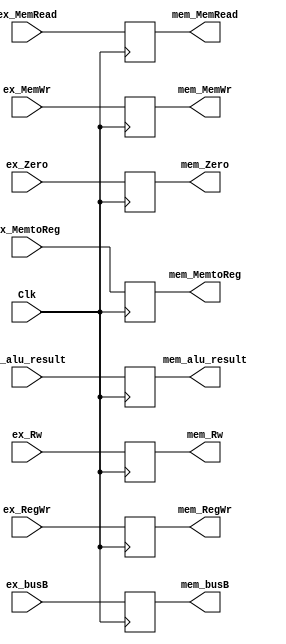
module ex_mem( Clk,         ex_Zero,  ex_alu_result, ex_busB,   ex_Rw,
               ex_RegWr,    ex_MemWr, ex_MemtoReg,   mem_Zero,  mem_alu_result,
               mem_busB,    mem_Rw,   mem_RegWr,     mem_MemWr, mem_MemtoReg,
               ex_MemRead,  mem_MemRead);
        
        input              Clk;
        input              ex_Zero;
        input       [31:0] ex_alu_result;
        input       [31:0] ex_busB;
        input       [4:0]  ex_Rw;        
        input              ex_RegWr;
        input       [1:0]  ex_MemWr;
        input              ex_MemtoReg;
	      input       [1:0]  ex_MemRead;

        output reg         mem_Zero;
        output reg [31:0]  mem_alu_result;
        output reg [31:0]  mem_busB;
        output reg [4:0]   mem_Rw;
        output reg         mem_RegWr;
        output reg [1:0]   mem_MemWr;
        output reg         mem_MemtoReg;
        output reg [1:0]   mem_MemRead;

        initial begin
          mem_Zero       = 0;
          mem_alu_result = 32'd0;
          mem_busB       = 32'd0;
          mem_Rw         = 5'd0;
          mem_RegWr      = 0;    // 
          mem_MemWr      = 2'd0; // 
          mem_MemtoReg   = 0;    // MUX
          mem_MemRead    = 2'd0;
        end
        always @(posedge Clk)
        begin
          mem_alu_result <= ex_alu_result;
          mem_busB       <= ex_busB;
          mem_Rw         <= ex_Rw;     
          
          //control
          mem_Zero       <= ex_Zero;
          mem_RegWr      <= ex_RegWr;
          mem_MemWr      <= ex_MemWr;
          mem_MemtoReg   <= ex_MemtoReg;   
          mem_MemRead    <= ex_MemRead;    
        end
endmodule